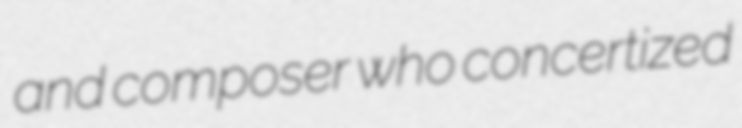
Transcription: and composer who concertized